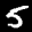
Label: 5